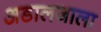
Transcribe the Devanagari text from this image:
अडालजाला